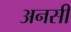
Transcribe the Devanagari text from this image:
अनसी